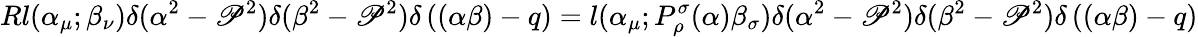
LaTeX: Rl(\alpha_{\mu};\beta_{\nu})\delta(\alpha^{2}-\mathscr{P}^{2})\delta(\beta^{2}-\mathscr{P}^{2})\delta\left((\alpha\beta)-q\right)=l(\alpha_{\mu};P_{\rho}^{\sigma}(\alpha)\beta_{\sigma})\delta(\alpha^{2}-\mathscr{P}^{2})\delta(\beta^{2}-\mathscr{P}^{2})\delta\left((\alpha\beta)-q\right)